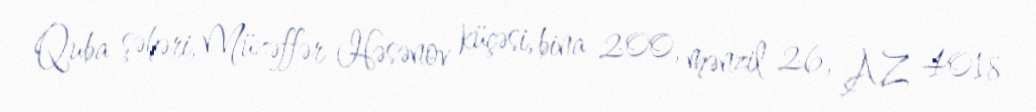
Quba şəhəri, Müzəffər Həsənov küçəsi, bina 200, mənzil 26, AZ 4018